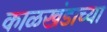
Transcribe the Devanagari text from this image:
काळखंडाच्या